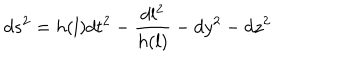
LaTeX: d s ^ { 2 } = h ( l ) d t ^ { 2 } - \frac { d l ^ { 2 } } { h ( l ) } - d y ^ { 2 } - d z ^ { 2 }